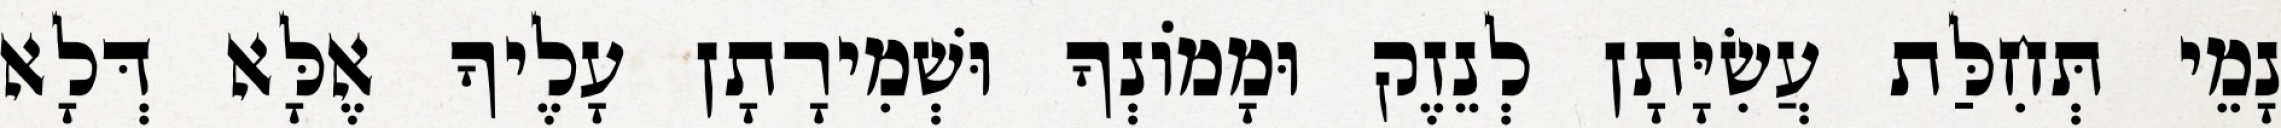
נָמֵי תְּחִלַּת עֲשִׂיָּתָן לְנֵזֶק וּמָמוֹנְךָ וּשְׁמִירָתָן עָלֶיךָ אֶלָּא דְּלָא